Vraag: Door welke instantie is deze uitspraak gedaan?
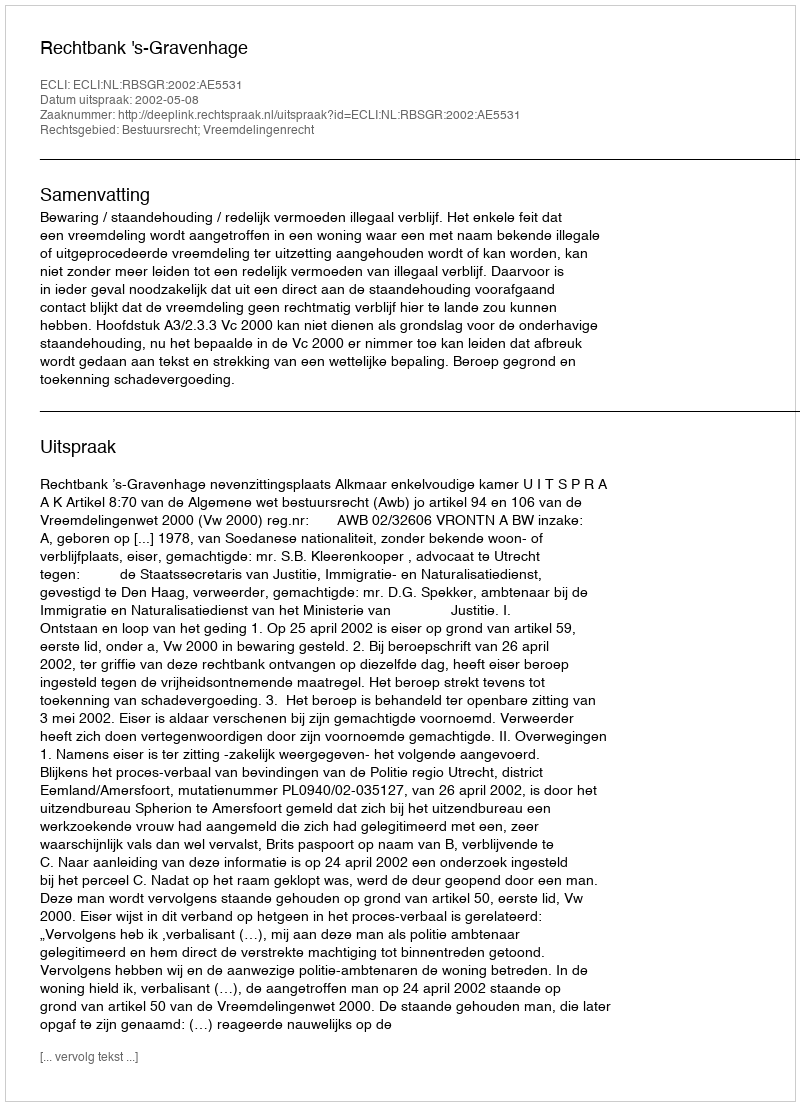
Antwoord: Rechtbank 's-Gravenhage